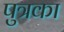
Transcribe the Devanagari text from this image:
पुत्रका